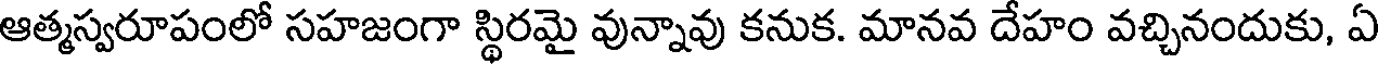
ఆత్మస్వరూపంలో సహజంగా స్థిరమై వున్నావు కనుక. మానవ దేహం వచ్చినందుకు, ఏ